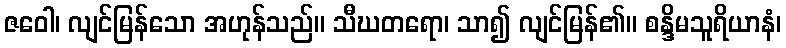
ဇဝေါ၊ လျင်မြန်သော အဟုန်သည်။ သီဃတရော၊ သာ၍ လျင်မြန်၏။ စန္ဒိမသူရိယာနံ၊